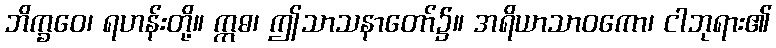
ဘိက္ခဝေ၊ ရဟန်းတို့။ ဣဓ၊ ဤသာသနာတော်၌။ အရိယာသာဝကော၊ ငါဘုရား၏